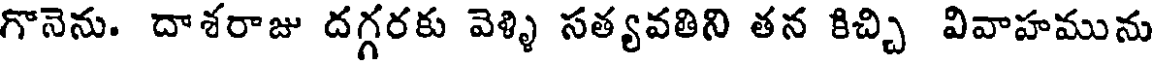
గొనెను. దాశరాజు దగ్గరకు వెళ్ళి సత్యవతిని తన కిచ్చి వివాహమును